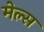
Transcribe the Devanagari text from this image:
मेल्स